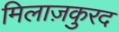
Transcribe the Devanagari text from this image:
मिलाज़कुरद